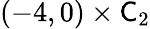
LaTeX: (-4,0)\times\mathsf C_{2}